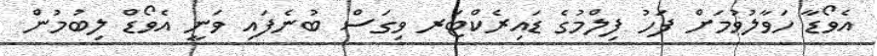
އެވޯޑާ ހަވާލުވުމަށް ފަހު ފިލްމުގެ ޑައިރެކްޓަރ ވިގަސް ބުނެފައި ވަނީ އެވޯޑް ލިބުމުން